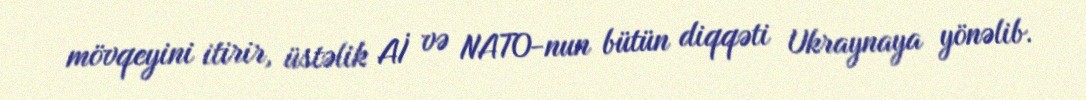
mövqeyini itirir, üstəlik Aİ və NATO-nun bütün diqqəti Ukraynaya yönəlib.